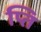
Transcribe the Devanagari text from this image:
प्ति